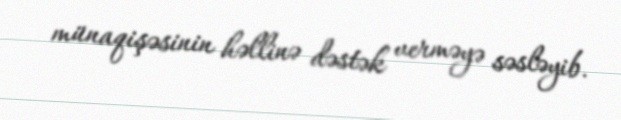
münaqişəsinin həllinə dəstək verməyə səsləyib.